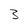
Character: 3